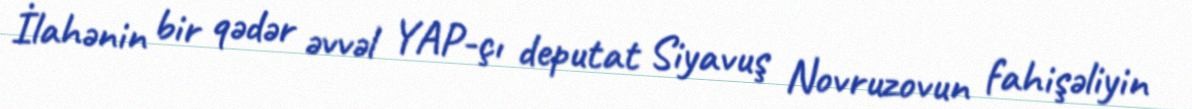
İlahənin bir qədər əvvəl YAP-çı deputat Siyavuş Novruzovun fahişəliyin